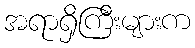
အရာရှိကြီးများက